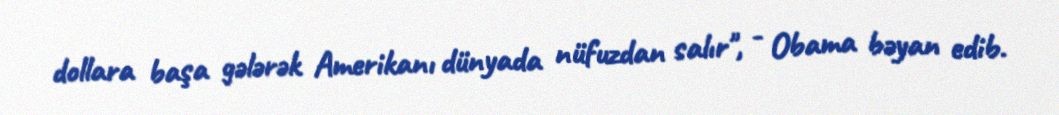
dollara başa gələrək Amerikanı dünyada nüfuzdan salır", - Obama bəyan edib.